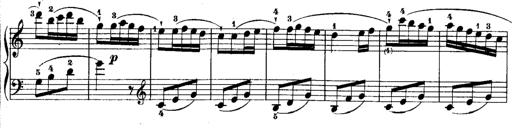
Title: Rondos and Sonatinas for Pianoforte
Composer: Daniel Steibelt